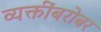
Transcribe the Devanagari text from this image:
व्यक्तींबरोबर